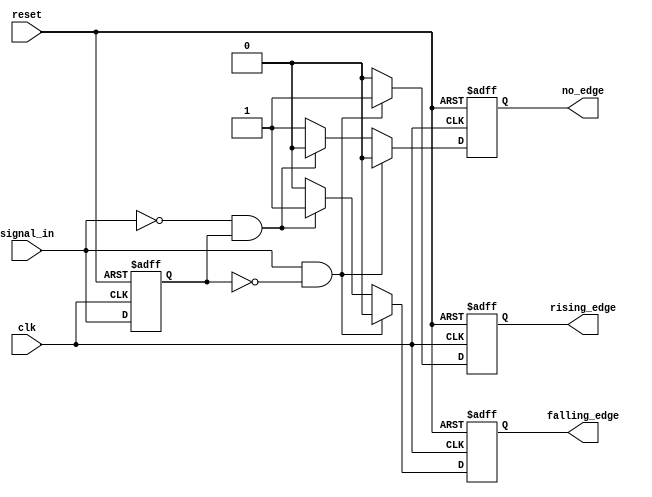
module EdgeDetector (
    input wire clk,               // Clock signal
    input wire reset,             // Asynchronous reset signal
    input wire signal_in,         // Input signal to be monitored
    output reg rising_edge,       // Rising edge output signal
    output reg falling_edge,      // Falling edge output signal
    output reg no_edge            // No edge output signal
);

    // Memory block to store the previous state of the input signal
    reg signal_prev;

    // Synchronous process to handle edge detection
    always @(posedge clk or posedge reset) begin
        if (reset) begin
            // Initialize outputs and previous state on reset
            rising_edge <= 0;
            falling_edge <= 0;
            no_edge <= 1;   // No edge initially
            signal_prev <= 0; // Assume previous state is low
        end else begin
            // Default outputs
            rising_edge <= 0;
            falling_edge <= 0;
            no_edge <= 0;  // Reset all edges at the beginning
            
            // Edge detection logic
            if (signal_in && ~signal_prev) begin
                // Rising edge detected
                rising_edge <= 1;
            end else if (~signal_in && signal_prev) begin
                // Falling edge detected
                falling_edge <= 1;
            end else begin
                // No edge detected
                no_edge <= 1;
            end
            
            // Update previous signal state
            signal_prev <= signal_in;
        end
    end

endmodule